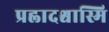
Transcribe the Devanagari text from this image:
प्रह्लादश्चास्मि